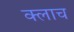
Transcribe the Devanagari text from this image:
क्लाच